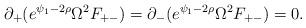
LaTeX: \begin{align*}\partial_+(e^{\psi_1-2\rho}\Omega^2 F_{+-})=\partial_-(e^{\psi_1-2\rho}\Omega^2 F_{+-})=0.\end{align*}